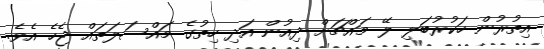
އިތުރުން ހަކުރުބަލި ލޭ މައްޗަށް ދިއުން އަދި ހިތުގެ މައްސަލަތައް ޖެހެ އެވެ.